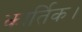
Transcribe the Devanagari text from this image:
कार्तिक।